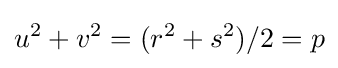
u^{2}+v^{2}=(r^{2}+s^{2})/2=p